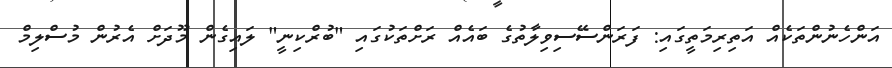
އަންހެނުންތަކެއް އަތިރިމަތީގައި: ފަރަންސޭސިވިލާތުގެ ބައެއް ރަށްތަކުގައި "ބުރްކިނީ" ލައިގެން މޫދަށް އެރުން މުސްލިމް